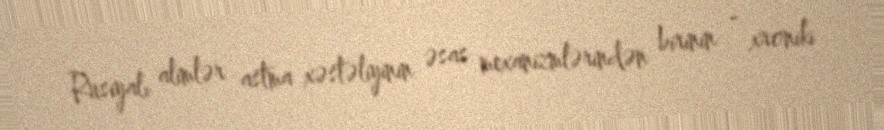
Rusiyalı alimlər astma xəstəliyinin əsas mexanizmlərindən birinin - xroniki